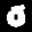
Label: 0